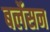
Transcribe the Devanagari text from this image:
बर्लेसन